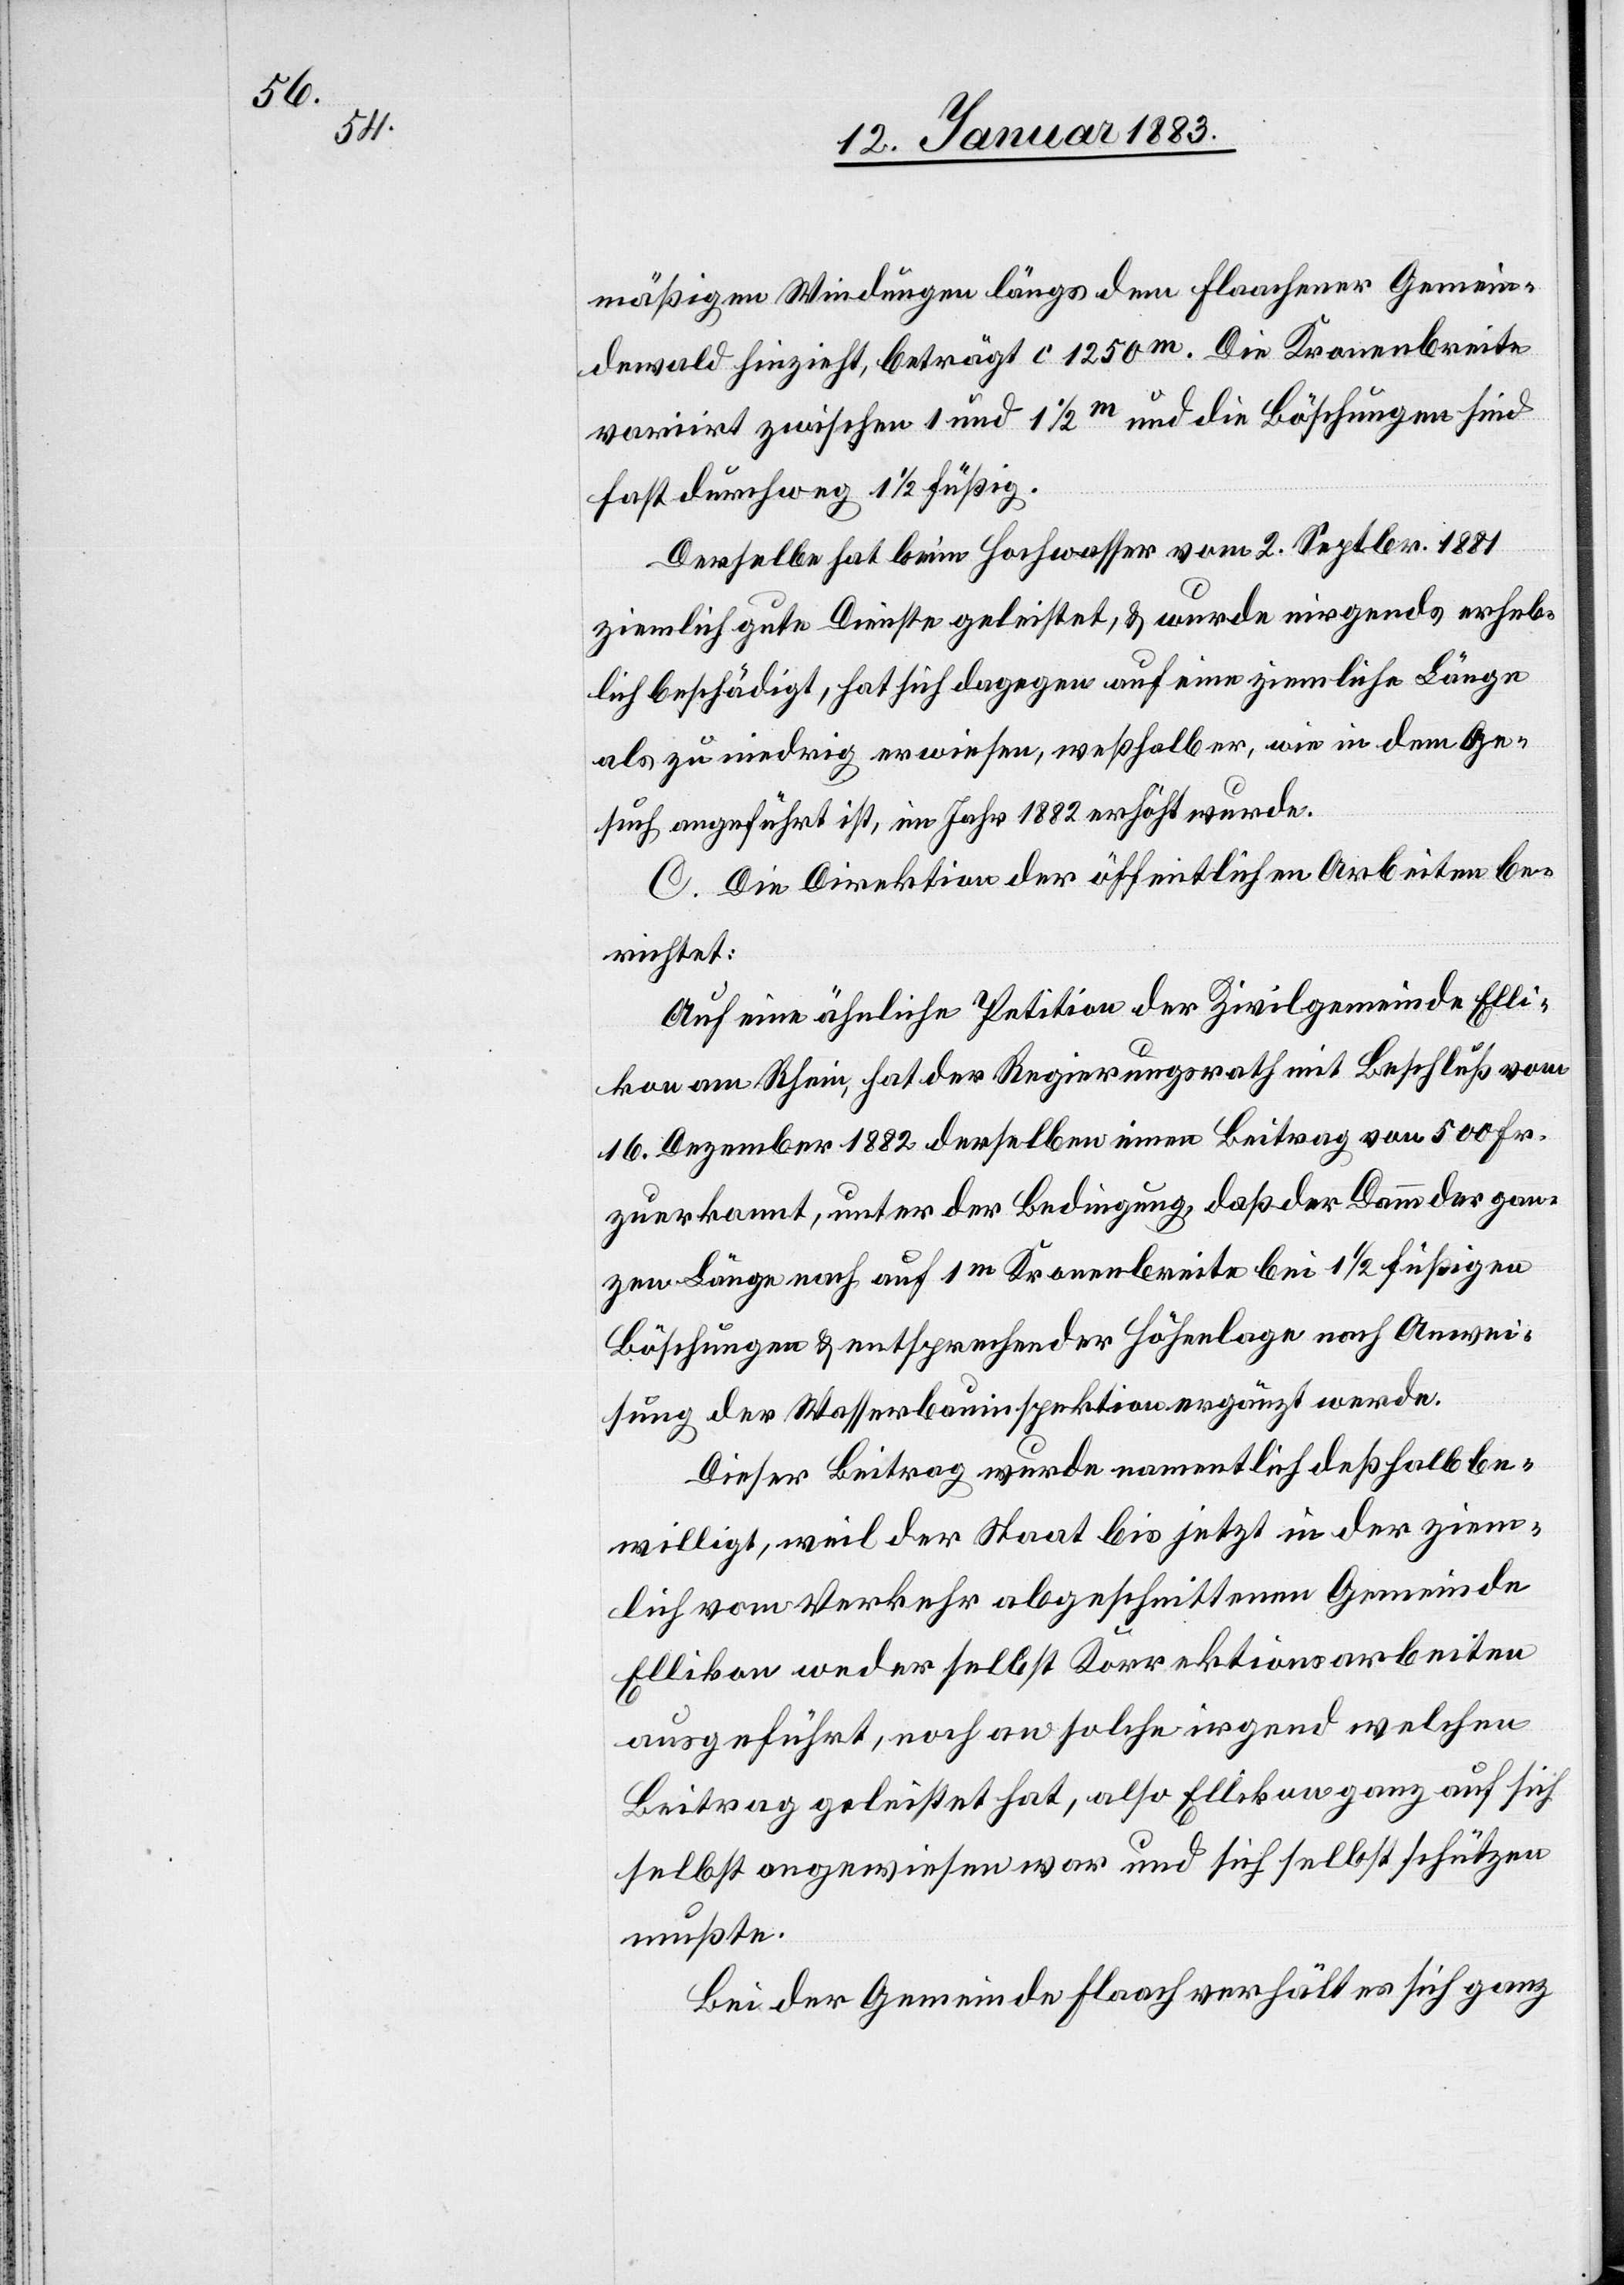
mäßigen Windungen längs dem Flaachener Gemein¬
dewald hinzieht, beträgt c [sic!] 1250m und die Böschungen sind
fast durchweg 1 1/2 füßig.
Derselbe hat beim Hochwasser vom 2. Septbr. 1881
ziemlich gute Dienste geleistet, und wurde nirgends erheb¬
lich beschädigt, hat sich dagegen auf eine ziemliche Länge
als zu niedrig erwiesen, weßhalb er, wie in dem Ge¬
such angeführt ist, im Jahr 1882 erhöht wurde.
C. Die Direktion der öffentlichen Arbeiten be¬
richtet:
Auf eine ähnliche Petition der Zivilgemeinde Elli¬
kon am Rhein, hat der Regierungsrath mit Beschluß vom
16. Dezember 1882 derselben einen Beitrag von 500 Fr.
zuerkannt, unter der Bedingung, daß der Damm der gan¬
zen Länge nach auf 1m Kronenbreite bei 1 1/2 füßigen
Böschungen & entsprechender Höhenlage nach Anwei¬
sung der Wasserbauinspektion ergänzt werde.
Dieser Beitrag wurde namentlich deßhalb be¬
willigt, weil der Staat bis jetzt in der ziem¬
lich vom Verkehr abgeschnittenen Gemeinde
Ellikon weder selbst Korrektionsarbeiten
ausgeführt, noch an solche irgend welchen
Beitrag geleistet hat, also Ellikon ganz auf sich
selbst angewiesen war und sich selbst schützen
mußte.
Bei der Gemeinde Flaach verhält es sich ganz